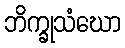
ဘိက္ခုသံဃော